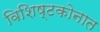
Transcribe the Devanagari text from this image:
विशिष्टकोनात